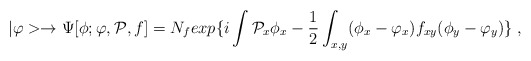
\begin{align*}|\varphi> \to \Psi[\phi;\varphi,{\cal P},f]= N_f exp\{i\int {\cal P}_x\phi_x -{\frac {1}{2}}\int_{x,y}(\phi_x - \varphi_x)f_{xy} (\phi_y - \varphi_y)\} \;,\end{align*}